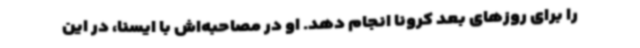
را برای روزهای بعد کرونا انجام دهد. او در مصاحبه‌اش با ایسنا، در این